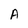
Character: A